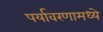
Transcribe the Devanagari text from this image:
पर्यावरणामध्ये